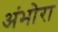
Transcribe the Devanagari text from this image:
अंभोरा